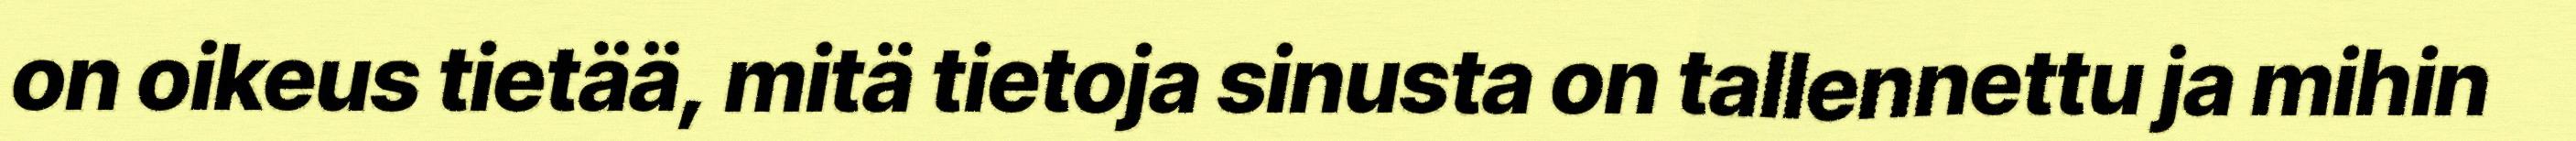
on oikeus tietää, mitä tietoja sinusta on tallennettu ja mihin